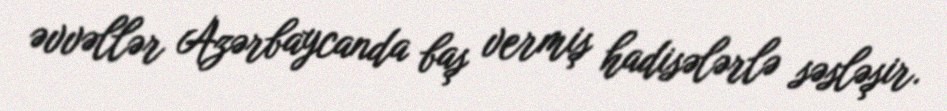
əvvəllər Azərbaycanda baş vermiş hadisələrlə səsləşir.